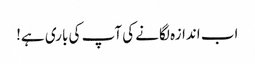
اب اندازہ لگانے کی آپ کی باری ہے!